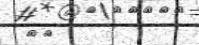
٩٩